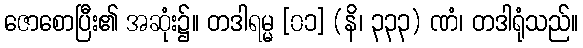
ဇောစောပြီး၏ အဆုံး၌။ တဒါရမ္မ [၀၁] (နိ၊ ၃၃၃) ဏံ၊ တဒါရုံသည်။